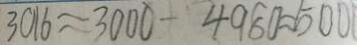
3 0 1 6 \approx 3 0 0 0 - 4 9 8 0 = 5 0 0